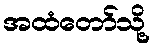
အထံတော်သို့